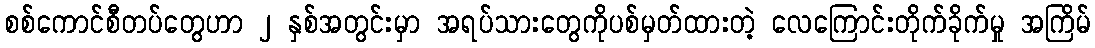
စစ်ကောင်စီတပ်တွေဟာ ၂ နှစ်အတွင်းမှာ အရပ်သားတွေကိုပစ်မှတ်ထားတဲ့ လေကြောင်းတိုက်ခိုက်မှု အကြိမ်